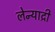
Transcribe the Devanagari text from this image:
लेन्याद्री